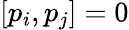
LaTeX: \left[p_{i},p_{j}\right]=0